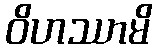
ဝိဟဿာမိ